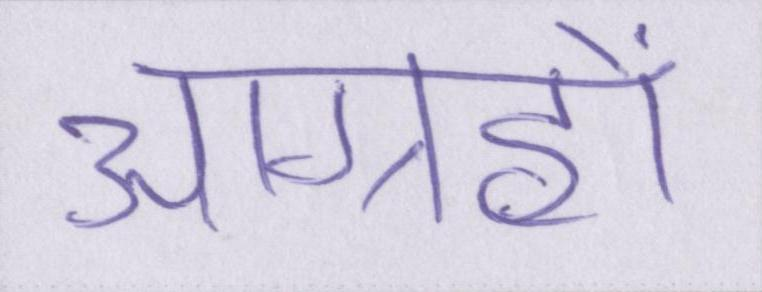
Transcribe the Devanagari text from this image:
आग्रहों